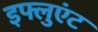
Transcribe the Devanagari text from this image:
इफ्लुएंट